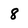
Character: 8